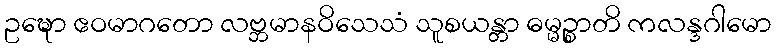
ဥဍ္ဎော ဧဝမာဂတော လဗ္ဘမာနဝိသေသံ သူစယန္တာ ဓမ္မဉ္စာတိ ကလန္ဒဂါမော